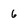
Character: 6